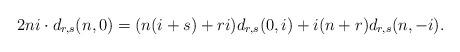
LaTeX: \begin{align*}2ni\cdot d_{r,s}(n,0)&=(n(i+s)+ri)d_{r,s}(0,i)+i(n+r)d_{r,s}(n,-i).\end{align*}